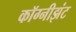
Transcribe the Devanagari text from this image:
कॉग्नीझंट